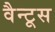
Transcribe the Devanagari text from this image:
वैन्टूस